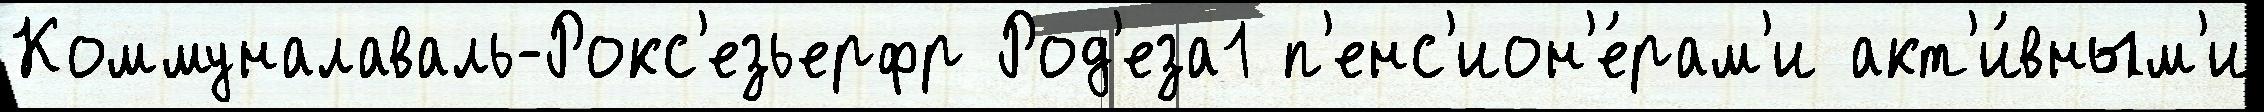
Коммуналаваль-Рокс'езьерфр Род'еза1 п'енс'ион'е́рам'и акт'и́вным'и